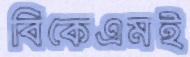
বিকেএমই